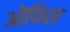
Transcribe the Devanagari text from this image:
ऒफिस